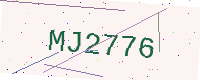
Text: MJ2776